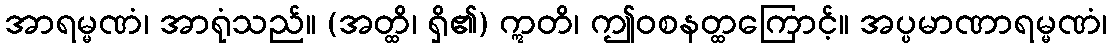
အာရမ္မဏံ၊ အာရုံသည်။ (အတ္ထိ၊ ရှိ၏) ဣတိ၊ ဤဝစနတ္ထကြောင့်။ အပ္ပမာဏာရမ္မဏံ၊